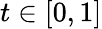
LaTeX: t\in[0,1]